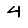
Digit: 4